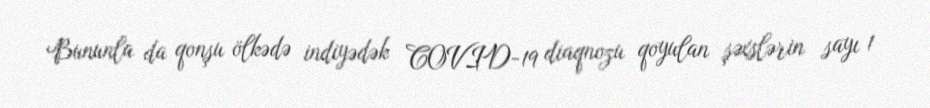
Bununla da qonşu ölkədə indiyədək COVID-19 diaqnozu qoyulan şəxslərin sayı 1